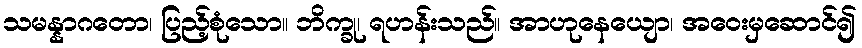
သမန္နာဂတော၊ ပြည့်စုံသော။ ဘိက္ခု၊ ရဟန်းသည်။ အာဟုနေယျော၊ အဝေးမှဆောင်၍